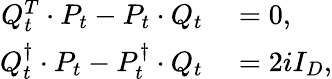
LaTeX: \begin{array}{rl}{Q_{t}^{T}\cdot P_{t}-P_{t}\cdot Q_{t}}&{{}=0,}\\ {Q_{t}^{\dagger}\cdot P_{t}-P_{t}^{\dagger}\cdot Q_{t}}&{{}=2iI_{D},}\end{array}